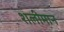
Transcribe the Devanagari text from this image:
शलीमान